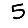
Digit: 5